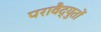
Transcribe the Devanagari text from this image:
परावैद्युतों